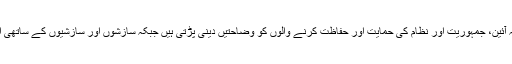
یہ دنیا بھر کے مہذب ، جمہوری اور ترقی یافتہ ملکوں کے خلاف صرف پاکستان میں ہوتا ہے کہ آئین، جمہوریت اور نظام کی حمایت اور حفاظت کرنے والوں کو وضاحتیں دینی پڑتی ہیں جبکہ سازشوں اور سازشیوں کے ساتھی اکڑ کے چلتے ہیں، نڈر اور حق پرست کہلواتے ہیں اور دوسروں کو منہ بھر کے گالیاں دیتے ہیں۔